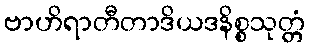
ဗာဟိရာတီတာဒိယဒနိစ္စသုတ္တံ